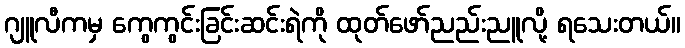
ဂျူလီကမှ ကွေကွင်းခြင်းဆင်းရဲကို ထုတ်ဖော်ညည်းညူလို့ ရသေးတယ်။